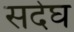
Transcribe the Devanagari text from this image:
सदेघ